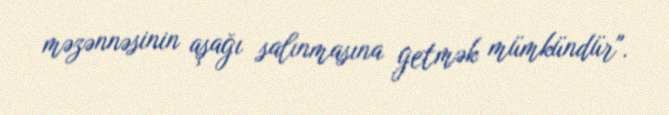
məzənnəsinin aşağı salınmasına getmək mümkündür".